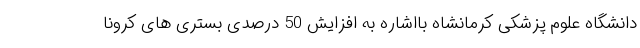
دانشگاه علوم پزشکی کرمانشاه بااشاره به افزایش 50 درصدی بستری های کرونا